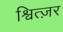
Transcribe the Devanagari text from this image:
श्वित्ज़र